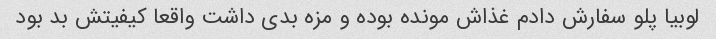
لوبیا پلو سفارش دادم غذاش مونده بوده و مزه بدی داشت واقعا کیفیتش بد بود